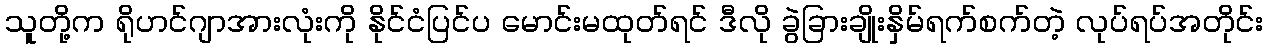
သူတို့က ရိုဟင်ဂျာအားလုံးကို နိုင်ငံပြင်ပ မောင်းမထုတ်ရင် ဒီလို ခွဲခြားချိုးနှိမ်ရက်စက်တဲ့ လုပ်ရပ်အတိုင်း